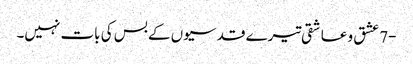
-7 عشق و عاشقی تیرے قدسیوں کے بس کی بات نہیں۔